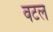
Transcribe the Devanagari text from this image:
वटल